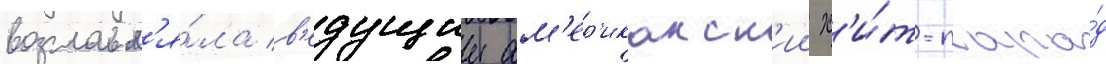
возглавл'я́ла в'едущии ам'ер'иканск'ии х'и́т-пара́д